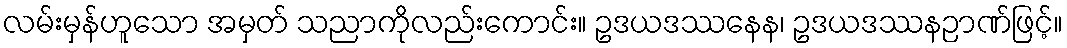
လမ်းမှန်ဟူသော အမှတ် သညာကိုလည်းကောင်း။ ဥဒယဒဿနေန၊ ဥဒယဒဿနဉာဏ်ဖြင့်။